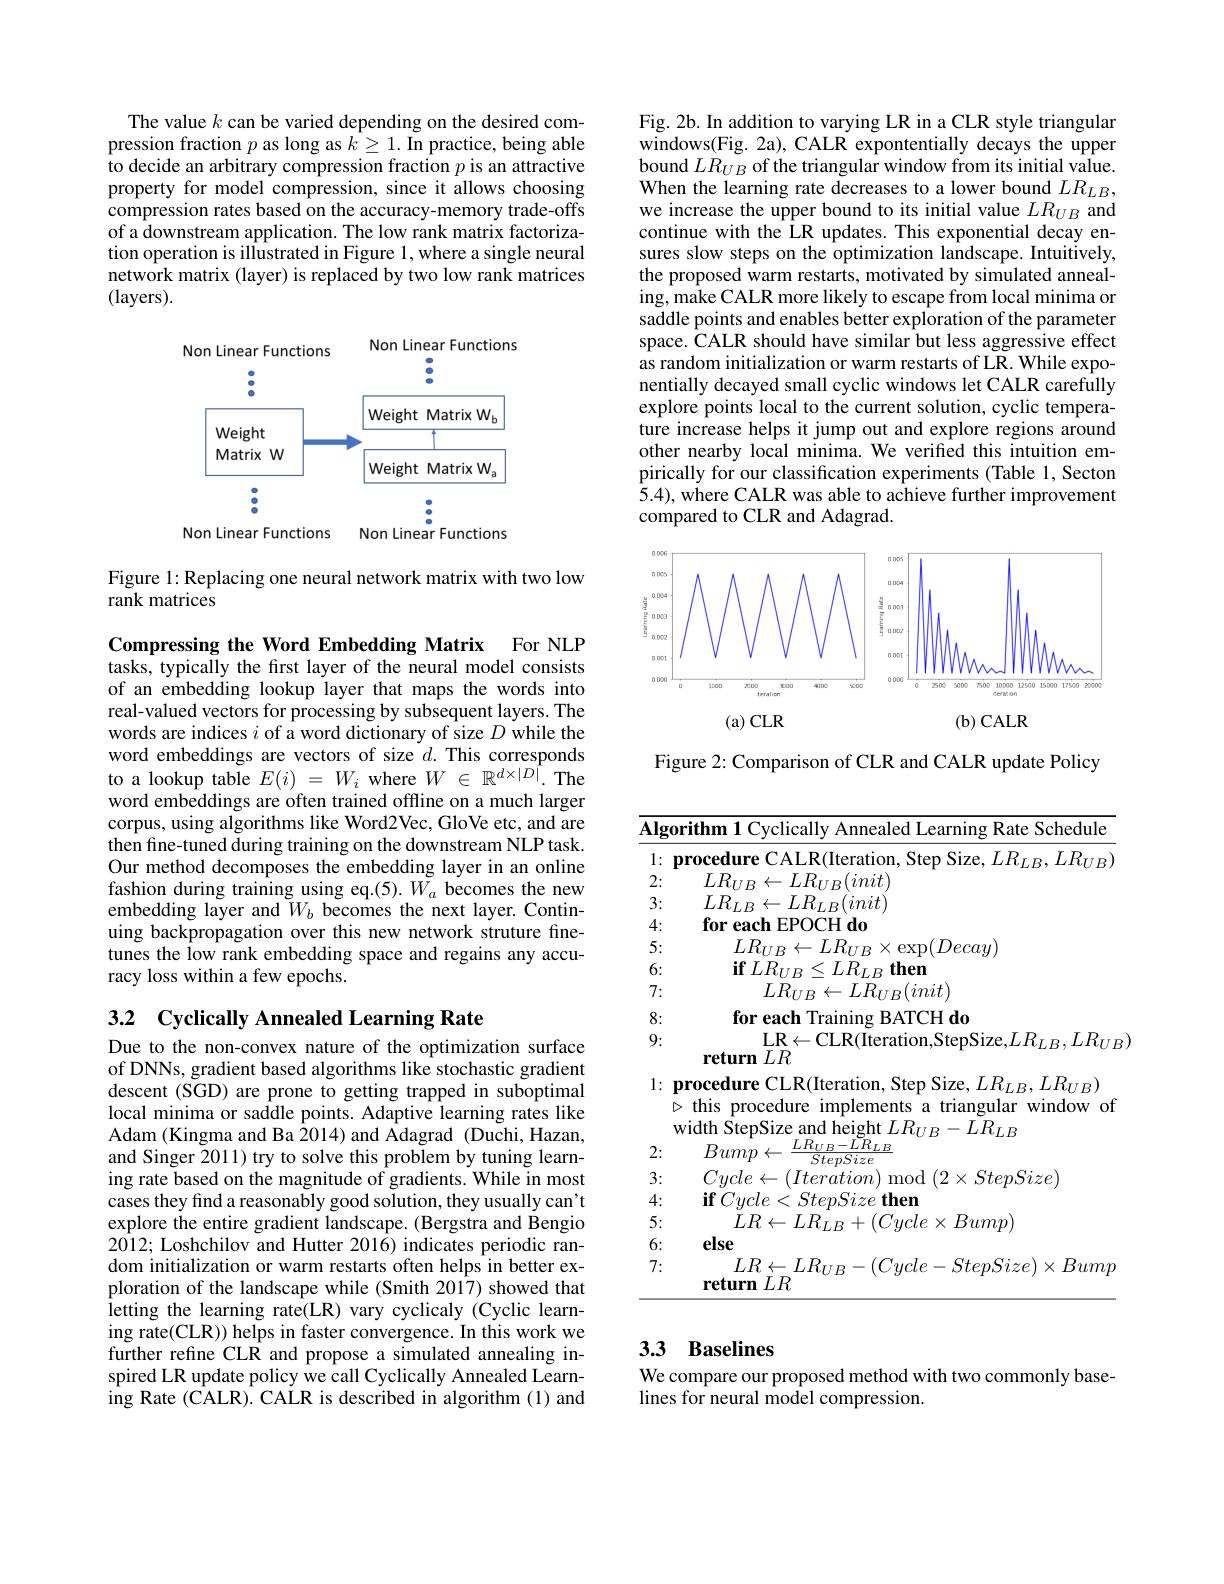
The value $k$ can be varied depending on the desired compression fraction $p$ as long as $k\geq1.$ In practice, being able to decide an arbitrary compression fraction $p$ is an attractive property for model compression, since it allows choosing compression rates based on the accuracy-memory trade-offs of a downstream application. The low rank matrix factorization operation is illustrated in Figure 1,where a single neural network matrix (layer) is replaced by two low rank matrices (layers).

<FigureHere>

Figure 1: Replacing one neural network matrix with two low
rank matrices

Compressing the Word Embedding Matrix For NLP tasks, typically the first layer of the neural model consists of an embedding lookup layer that maps the words into real-valued vectors for processing by subsequent layers. The words are indices $i$ of a word dictionary of size $D$ while the word embeddings are vectors of size $d.$ This corresponds to a lookup table $E( i)$ = $W_{i}$ where $W$ $\in$ $\mathbb{R} ^{d\times | D| }.$ The word embeddings are often trained offline on a much larger corpus, using algorithms like Word2Vec, GloVe etc, and are then fine-tuned during training on the downstream NLP task. Our method decomposes the embedding layer in an online fashion during training using eq.(5). $\bar{W_{a}}$ becomes the new embedding layer and $W_{b}$ becomes the next layer. Continuing backpropagation over this new network struture finetunes the low rank embedding space and regains any accuracy loss within a few epochs.

## 3.2 $\textbf{Cyclically Annealed Learning Rate}$

Due to the non-convex nature of the optimization surface of DNNs, gradient based algorithms like stochastic gradient descent (SGD) are prone to getting trapped in suboptimal local minima or saddle points. Adaptive learning rates like Adam (Kingma and Ba 2014) and Adagrad (Duchi, Hazan, and Singer 2011) try to solve this problem by tuning learning rate based on the magnitude of gradients. While in most cases they find a reasonably good solution, they usually can't explore the entire gradient landscape. (Bergstra and Bengio 2012; Loshchilov and Hutter 2016) indicates periodic random initialization or warm restarts often helps in better exploration of the landscape while (Smith 2017) showed that letting the learning rate(LR) vary cyclicaly (Cyclic learning rate(CLR)) helps in faster convergence. In this work we further refine CLR and propose a simulated annealing inspired LR update policy we call Cyclically Annealed Learning Rate (CALR). CALR is described in algorithm (1) and

Fig. 2b. In addition to varying LR in a CLR style triangular windows(Fig. 2a), CALR expontentially decays the upper bound $LR_{UB}$ of the triangular window from its initial value. When the learning rate decreases to a lower bound $LR_{LB}$, we increase the upper bound to its initial value $LR_{UB}$ and continue with the LR updates. This exponential decay ensures slow steps on the optimization landscape. Intuitively, the proposed warm restarts, motivated by simulated annealing, make CALR more likely to escape from local minima or saddle points and enables better exploration of the parameter space. CALR should have similar but less aggressive effect as random initialization or warm restarts of LR. While exponentially decayed small cyclic windows let CALR carefully explore points local to the current solution, cyclic temperature increase helps it jump out and explore regions around other nearby local minima. We verified this intuition empirically for our classification experiments (Table 1, Secton $\hat{5}.4)$, where CALR was able to achieve further improvement compared to CLR and Adagrad.

<FigureHere>

Figure 2: Comparison of CLR and CALR update Policy

<table>
	<tbody>
		<tr>
			<td>$\overline{\mathbf{Alg}}$</td>
			<td>${\mathrm{eSchedule}}$ rithm vclical|v Annealed 1 $\mathbf{r}$ $\mathbf{k} ate$</td>
		</tr>
		<tr>
			<td>1: · 1</td>
			<td> </td>
		</tr>
		<tr>
			<td>2:</td>
			<td>$IB_{\mathrm{rr}}$ $\leftarrow LR_{IIR}(init)$</td>
		</tr>
		<tr>
			<td>3:</td>
			<td>$I.R_{r}$ $\leftarrow LR_{L,R}(init)$</td>
		</tr>
		<tr>
			<td>4:</td>
			<td>for each EPOCH do</td>
		</tr>
		<tr>
			<td>5:</td>
			<td>$LR_{UE}$ $I_{,}H_{,}$ $\operatorname{p}(Decay)$</td>
		</tr>
		<tr>
			<td>6:</td>
			<td>$\mathbf{if}LR_{U}$ $\leq LR_{LB}\textbf{ then}$</td>
		</tr>
		<tr>
			<td>7:</td>
			<td>$LR_{UF}$ $\leftarrow LR_{UB}(init)$</td>
		</tr>
		<tr>
			<td>8:</td>
			<td>ATCH do for eac</td>
		</tr>
		<tr>
			<td>$\mathbf{V}_{1}$ 9:</td>
			<td>LR$\leftarrow$CLR(Iteration,StepSize,$LR_LB,LR_{UB}$ $\textbf{return }I, R$</td>
		</tr>
		<tr>
			<td>T 1 9:</td>
			<td>LR$\leftarrow$CLR(Iteration,StepSize,$LR_LB,LR_{UB}$</td>
		</tr>
		<tr>
			<td>1:</td>
			<td>procedure CLR(Iteration, Step Size, $LR_{LB},LR_{UB})$ $\triangleright$ this procedure implements a triangular window of width StepSize and height $LR_UB-LR_{LB}$</td>
		</tr>
		<tr>
			<td>2:</td>
			<td>Bump $LR_{UB}$ $\frac{-LR_{LB}}{-LR_{LB}}$</td>
		</tr>
		<tr>
			<td>3:</td>
			<td>stenSize mon $^{*}$</td>
		</tr>
		<tr>
			<td>4:</td>
			<td>${\mathbf{if}}(v_{rcle}$ $\mathsf{St}_{\rho\eta}$ $2\boldsymbol{S}_{\eta}\boldsymbol{\gamma}\boldsymbol{\rho}$ $\textbf{then}$ 11</td>
		</tr>
		<tr>
			<td>5:</td>
			<td>$I.R$ $= I. R_{I}$ $n$ $e\times Bump)$ $2/r/e$</td>
		</tr>
		<tr>
			<td>6:</td>
			<td>else</td>
		</tr>
		<tr>
			<td>7:</td>
			<td>$LR\leftarrow LR_{UB}-(Cycle-StepSize)\times Bump$ $\textbf{return}LR$</td>
		</tr>
	</tbody>
</table>

# 3.3 Baselines

We compare our proposed method with two commonly base-
$\hat{\text{lines for neural model compression.}}$